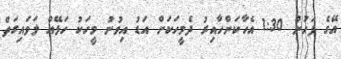
އޭގެ ފަހުން 1:30 އެހާކަންހާއިރު ދެމީހަކަށް އަޑު އިވުނު މީހަކު ހަޅޭއް ލަވައިގަތް